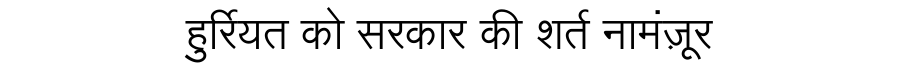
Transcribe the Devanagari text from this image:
हुर्रियत को सरकार की शर्त नामंज़ूर